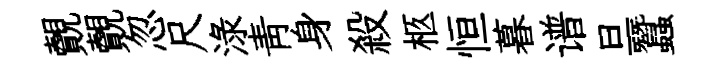
覿覿忽尺渌靑身殺柩恒暮谱旦蠶